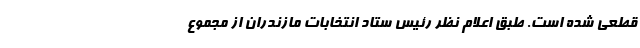
قطعی شده است. طبق اعلام نظر رئیس ستاد انتخابات مازندران از مجموع